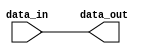
module io_blocks_push_pull_buffer (
    input wire data_in,
    output reg data_out
);

assign data_out = data_in;

endmodule